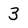
Character: 3